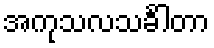
အကုသလသင်္ခါတာ